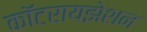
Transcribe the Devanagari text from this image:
कॉटरायझेशन